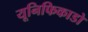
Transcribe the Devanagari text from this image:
यूनिफिकाडो